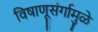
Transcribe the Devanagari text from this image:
विषाणूसंर्गामुळे